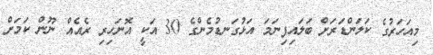
މިއަހަރުގެ ކަލަންޑަރަށް ބަލައިފިނަމަ އަޅުގަނޑުމެންގެ 30 އަކީ އޮނަހިރި ރެއެއް ނޫން ކަމަށް